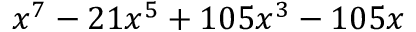
x ^ { 7 } - 2 1 x ^ { 5 } + 1 0 5 x ^ { 3 } - 1 0 5 x